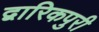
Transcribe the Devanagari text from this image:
द्वारिकपुरी